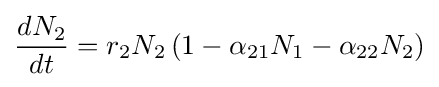
{dN_{2} \over dt}=r_{2}N_{2}\left(1-\alpha _{21}N_{1}-\alpha _{22}N_{2}\right)